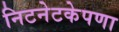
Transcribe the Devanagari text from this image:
निटनेटकेपणा